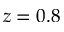
z = 0 . 8